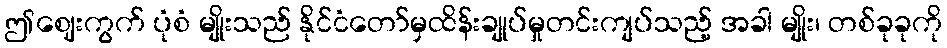
ဤဈေးကွက် ပုံစံ မျိုးသည် နိုင်ငံတော်မှထိန်းချုပ်မှုတင်းကျပ်သည့် အခါ မျိုး၊ တစ်ခုခုကို